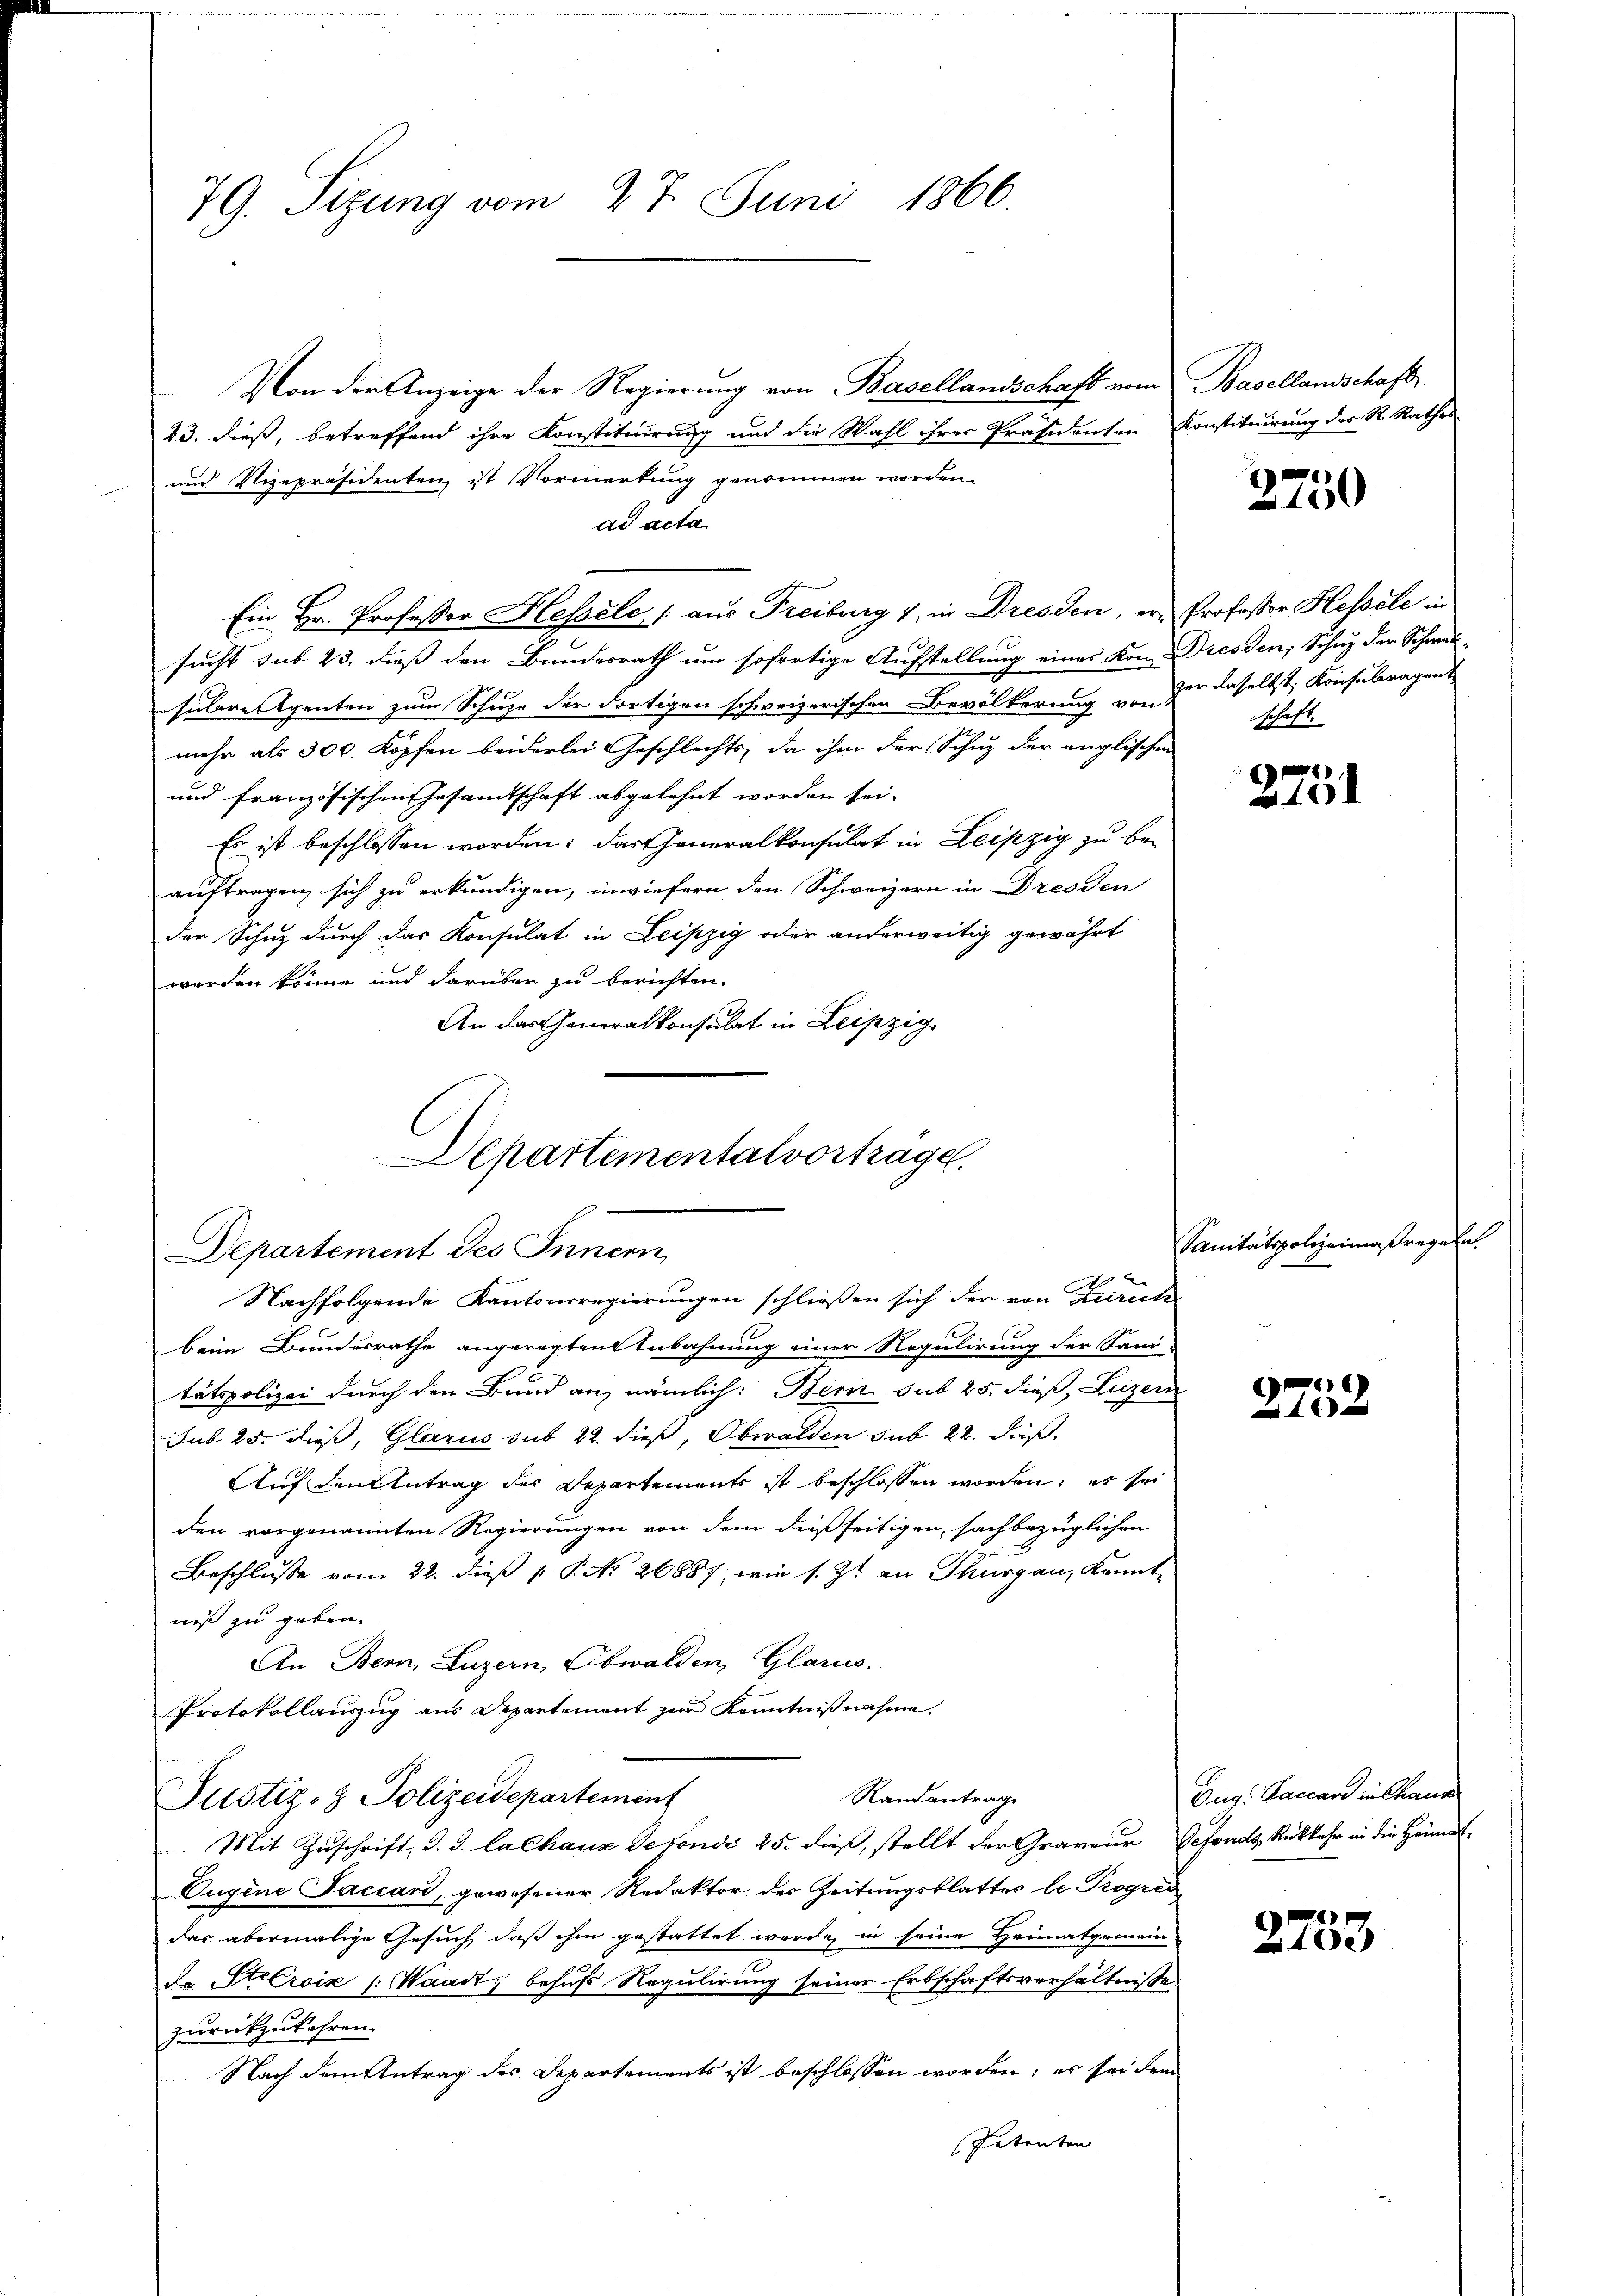
79. Sizung vom 27. Juni 1866.

Von die Anzeige der Regierung von Basellandschaft vom Basellandschaft
23. dieß, betreffend ihre Konstituirung und die Wahl ihres Präsidenten Konstituirung der R. Rathes
und Vizepräsidenten ist Vormerkung genommen worden.
ad acta
Ein Hr. Professor Hessele (aus Freiburg 1, in Dresden, er Professor Hessele in
sucht sub 23. dieß den Bundesrath um sofortige Aufstellung eines Kon- Dresden, Schutz der Schwerz-
sülere Agenten zum Schuze der dortigen schweizerischen Bevölkerung von der daselbst, Konsuleragent
mehr als 300 Köpfen beiderlei Geschlechts, da ihm der Schuz der englischen
und französischen Gesamtschaft abgelehnt worden sei.
Es ist beschlossen worden; das Generalkonsulat in Leipzig zu bei
auftragen sich zu erkundigen, inwiefern den Schweizern in Dresden
der Schuz durch das Konsulat in Leipzig oder anderweitig gewährt
werden könne und darüber zu berichten.
An das Generalkonsulat in Leipzig.

Departementalvortrage.
Departement des Innern,
Nachfolgende Kantonsregierungen schließen sich der von Zürich

Beim Bundesrathe angeregten Anbahnung einer Regulirung der Sanitätspolizei durch den Bund an, nämlich: Bern sub 25. dieß, Luzern
Jub 25. dieß, Glarus sub 22. dieß, Obwalden sub 22. Fuß.
Auf den Antrag der Departements ist beschlossen worden; es sei
den vorgenannten Regierungen von dem dießseitigen, sachbezüglichen
Beschlusse vom 22. dieß P. P. No. 26887, wie s. Zt. an Thurgau, kannt-
niß zu geben.
An Bern, Luzern, Obwalden, Glarus.
Protokollauszug aus Departement zur Kenntnißnahme.
Randantrag
Justiz- & Polizeidepartement
Mit Zuschrift, d. J. la chanz Sefondo 25. dieß, stellt der Graveur Defonds, Rückkehr in die Häumat¬
Eugene Saccar, gewesener Redaktor der Zeitungsblattes le Progres
das abermalige Gesuch, daß ihm gestattet werde, in seine Heimatgemein
de Stecroix /: Waadt, behufs Regulirung seiner Erbschaftsverhältnisse
zurückzukehren.
Nach dem Antrag des Departements ist beschlossen worden; es sei dem
Petenten

3750

schaft.

2751

Sanitätspolizeimaßregeln

e
4 x

Aug. Baccard in Chaus

2753